Report of the Bombay Veterinary College
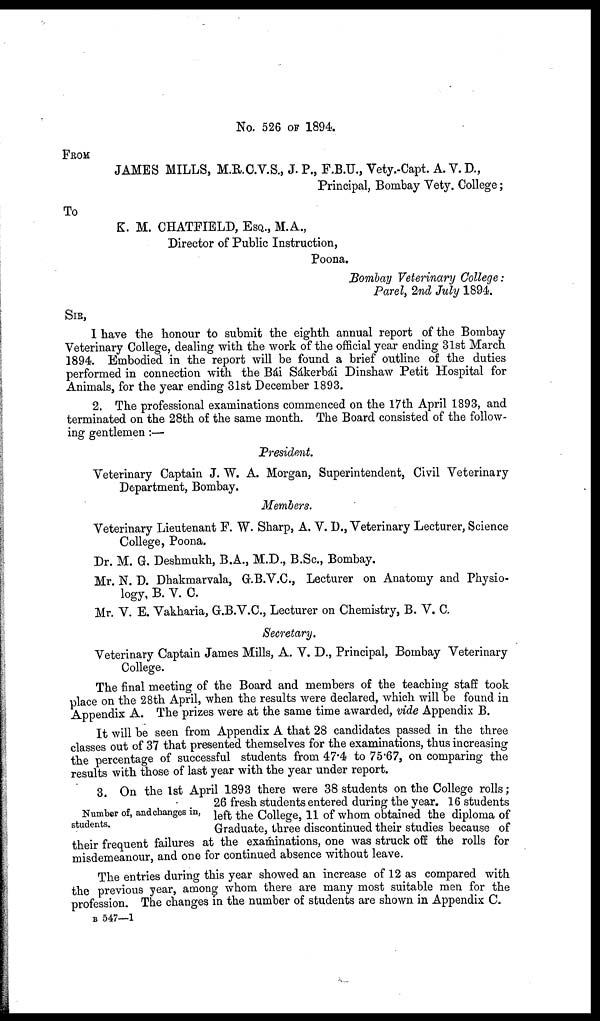
No. 526 OF 1894.
FROM
JAMES MILLS, M.R.C.V.S., J. P., F.B.U., Vety.-Capt. A. V. D.,
Principal, Bombay Vety. College;
To
K. M. CHATFIELD, ESQ., M.A.,
Director of Public Instruction,
Poona.
Bombay Veterinary College:
Parel, 2nd July 1894.
SIR,
I have the honour to submit the eighth annual report of the Bombay
Veterinary College, dealing with the work of the official year ending 31st March
1894. Embodied in the report will be found a brief outline of the duties
performed in connection with the Bái Sákerbái Dinshaw Petit Hospital for
Animals, for the year ending 31st December 1893.
2. The professional examinations commenced on the 17th April 1893, and
terminated on the 28th of the same month. The Board consisted of the follow-
ing gentlemen:—
President.
Veterinary Captain J. W. A. Morgan, Superintendent, Civil Veterinary
Department, Bombay.
Members.
Veterinary Lieutenant F. W. Sharp, A. V. D., Veterinary Lecturer, Science
College, Poona.
Dr. M. G. Deshmukh, B.A., M.D., B.Sc., Bombay.
Mr. N. D. Dhakmarvala, G.B.V.C., Lecturer on Anatomy and Physio-
logy, B. V. C.
Mr. V. E. Vakharia, G.B.V.C., Lecturer on Chemistry, B. V. C.
Secretary.
Veterinary Captain James Mills, A. V. D., Principal, Bombay Veterinary
College.
The final meeting of the Board and members of the teaching staff took
place on the 28th April, when the results were declared, which will be found in
Appendix A. The prizes were at the same time awarded, vide Appendix B.
It will be seen from Appendix A that 28 candidates passed in the three
classes out of 37 that presented themselves for the examinations, thus increasing
the percentage of successful students from 47.4 to 75.67, on comparing the
results with those of last year with the year under report.
Number of, and changes in,
students.
3. On the 1st April 1893 there were 38 students on the College rolls;
26 fresh students entered during the year. 16 students
left the College, 11 of whom obtained the diploma of
Graduate, three discontinued their studies because of
their frequent failures at the examinations, one was struck off the rolls for
misdemeanour, and one for continued absence without leave.
The entries during this year showed an increase of 12 as compared with
the previous year, among whom there are many most suitable men for the
profession. The changes in the number of students are shown in Appendix C.
B 547—1